Vaccination North-Western Provinces and Oudh 1896-1901 - 1896-1901
Year: 1896
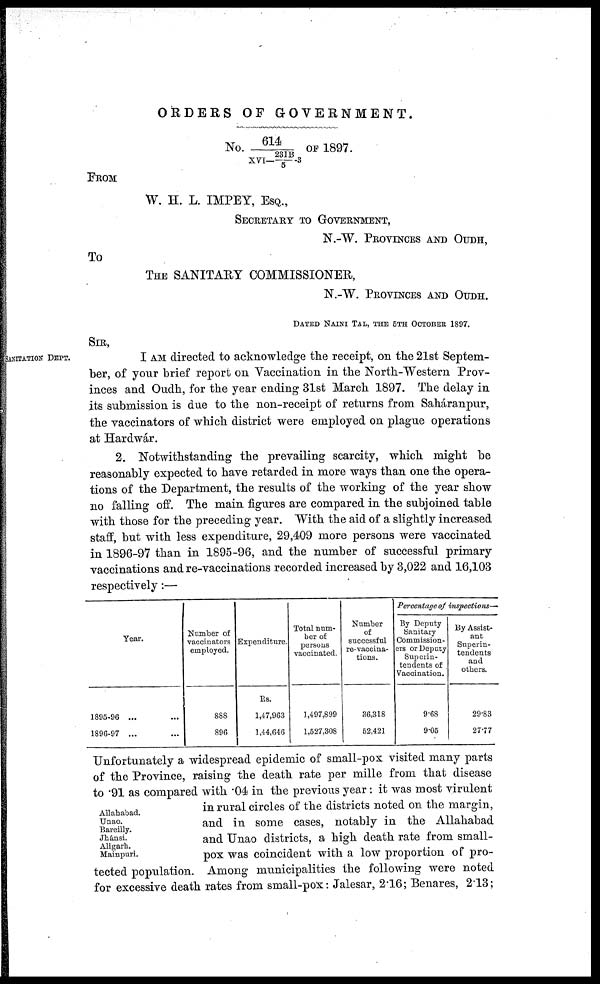
ORDERS OF GOVERNMENT.
No. 614/XVI—231B/5-3 OF 1897.
FROM
W. H. L. IMPEY, ESQ.,
SECRETARY TO GOVERNMENT,
N.-W. PROVINCES AND OUDH,
To
THE SANITARY COMMISSIONER,
N.-W. PROVINCES AND OUDH.
DATED NAINI TAL, THE 5TH OCTOBER 1897.
SIR,
SANITATION DEPT.
I AM directed to acknowledge the receipt, on the 21st Septem-
ber, of your brief report on Vaccination in the North-Western Prov-
inces and Oudh, for the year ending 31st March 1897. The delay in
its submission is due to the non-receipt of returns from Saháranpur,
the vaccinators of which district were employed on plague operations
at Hardwár.
2. Notwithstanding the prevailing scarcity, which might be
reasonably expected to have retarded in more ways than one the opera-
tions of the Department, the results of the working of the year show
no falling off. The main figures are compared in the subjoined table
with those for the preceding year. With the aid of a slightly increased
staff, but with less expenditure, 29,409 more persons were vaccinated
in 1896-97 than in 1895-96, and the number of successful primary
vaccinations and re-vaccinations recorded increased by 3,022 and 16,103
respectively:—
Year.
1895-96 ... ...
1896-97 ... ...
Number of
vaccinators
employed.
888
896
Expenditure.
Rs.
1,47,963
1,44,646
Total num-
ber of
persons
vaccinated.
1,497,899
1,527,308
Number
of
successful
re-vaccina-
tions.
36,318
52,421
Percentage of inspections—
By Deputy
Sanitary
Commission-
ers or Deputy
Superin-
tendents of
Vaccination.
9.68
9.05
By Assist-
ant
Superin-
tendents
and
others.
29.83
27.77
Allahabad.
Unao.
Bareilly.
Jhánsi.
Aligarh.
Mainpuri.
Unfortunately a widespread epidemic of small-pox visited many parts
of the Province, raising the death rate per mille from that disease
to .91 as compared with .04 in the previous year: it was most virulent
in rural circles of the districts noted on the margin,
and in some cases, notably in the Allahabad
and Unao districts, a high death rate from small-
pox was coincident with a low proportion of pro-
tected population. Among municipalities the following were noted
for excessive death rates from small-pox: Jalesar, 2.16; Benares, 2.13;